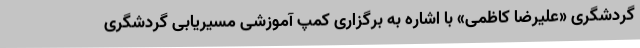
گردشگری «علیرضا کاظمی» با اشاره به برگزاری کمپ آموزشی مسیریابی گردشگری